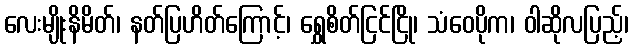
လေးမျိုးနိမိတ်၊ နတ်ပြဟိတ်ကြောင့်၊ ရွှေစိတ်ငြင်ငြို၊ သံဝေပိုက၊ ဝါဆိုလပြည့်၊